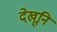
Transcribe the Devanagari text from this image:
देखूनि